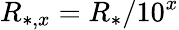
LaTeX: R_{*,x}=R_{*}/10^{x}